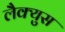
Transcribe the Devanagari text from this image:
लैक्युस